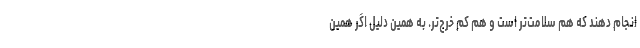
انجام دهند که هم سلامت‌تر است و هم کم خرج‌تر. به همین دلیل اگر همین